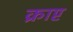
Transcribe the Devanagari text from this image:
क्राप्ट